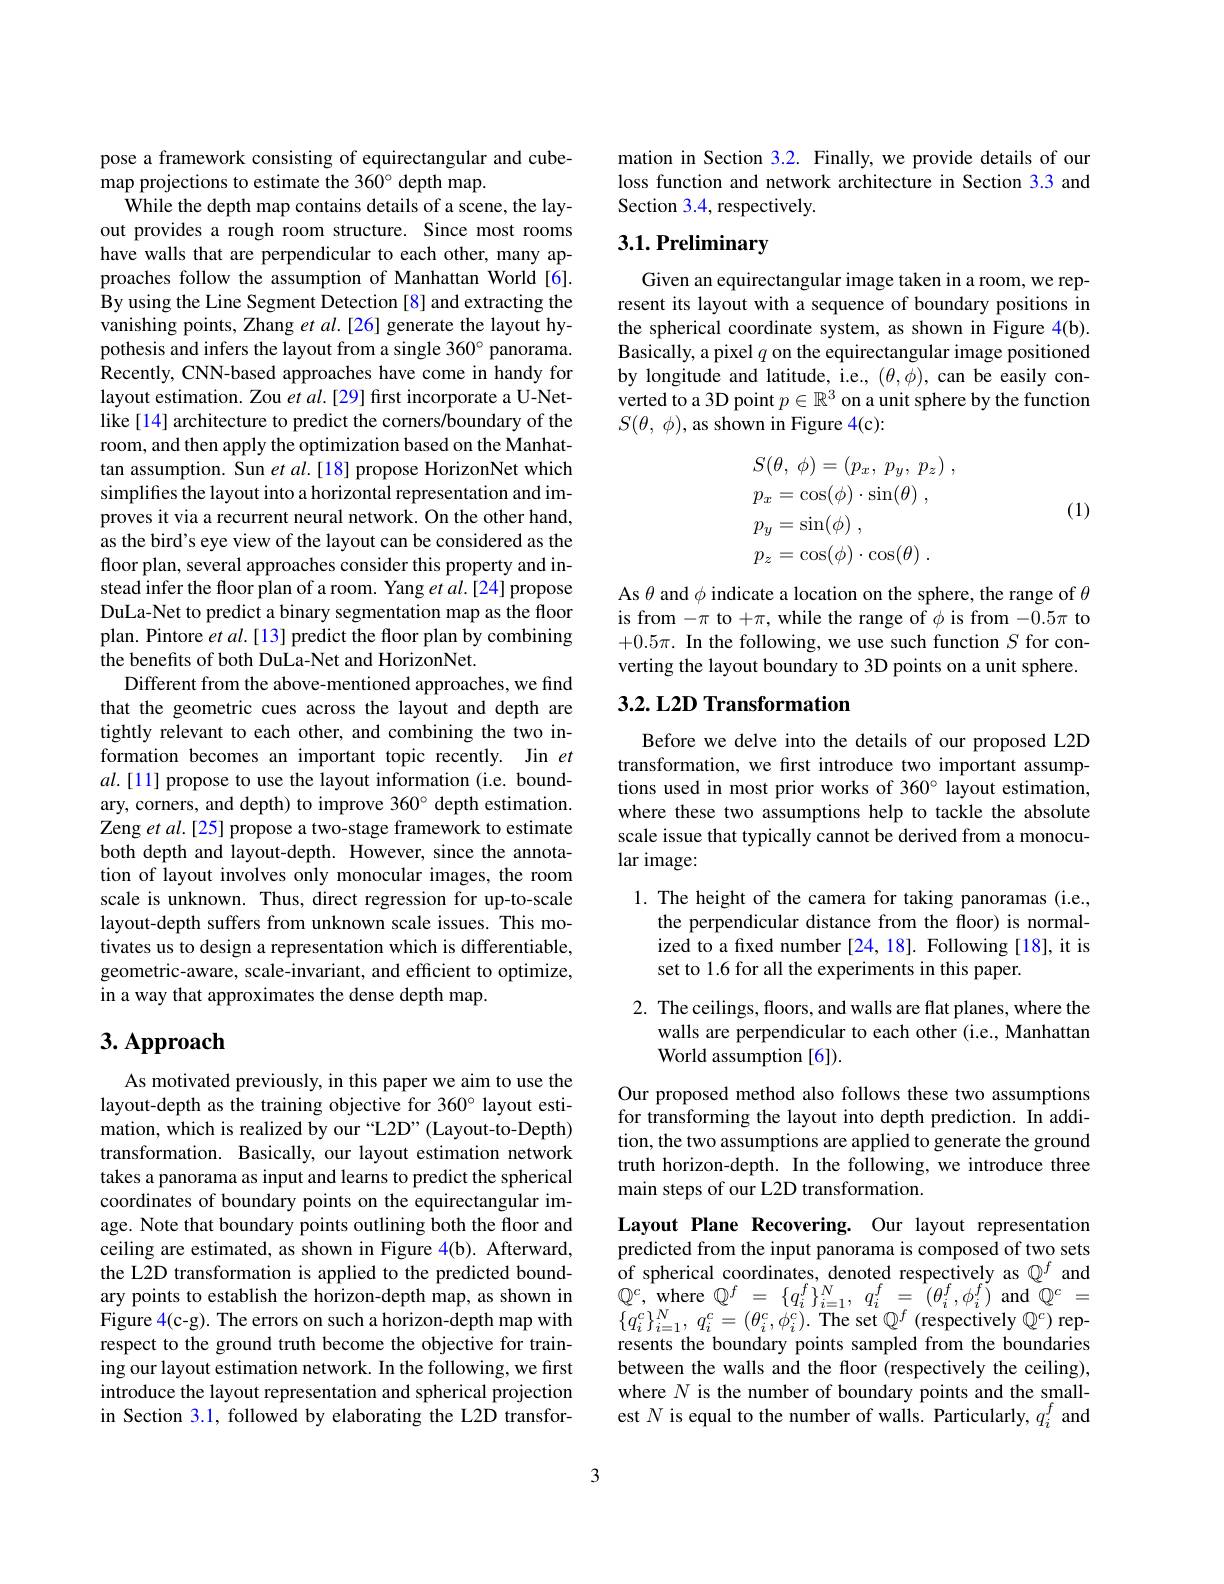
pose a framework consisting of equirectangular and cube-
map projections to estimate the 360° depth map.
While the depth map contains details of a scene, the layout provides a rough room structure. Since most rooms have walls that are perpendicular to each other, many approaches follow the assumption of Manhattan World[6]. By using the Line Segment Detection [8] and extracting the vanishing points, Zhang et al.[26] generate the layout hypothesis and infers the layout from a single 360° panorama. Recently, CNN-based approaches have come in handy for layout estimation. Zou $etal.[29]$ first incorporate a U-Netlike [14] architecture to predict the corners/boundary of the room, and then apply the optimization based on the Manhattan assumption. Sun $etal.[18]$ propose HorizonNet which simplifes the layout into a horizontal representation and improves it via a recurrent neural network. On the other hand, as the bird's eye view of the layout can be considered as the floor plan, several approaches consider this property and instead infer the floor plan of a room. Yang $et\textit{al. [ 24] propose}$ DuLa-Net to predict a binary segmentation map as the floor plan. Pintore $etal.[13]$ predict the floor plan by combining the benefits of both DuLa-Net and HorizonNet.
Different from the above-mentioned approaches, we find that the geometric cues across the layout and depth are tightly relevant to each other, and combining the two information becomes an important topic recently. Jin $et$ $al.[11]$ propose to use the layout information (i.e. boundary, corners, and depth) to improve 360° depth estimation. Zeng et al.[25] propose a two-stage framework to estimate both depth and layout-depth. However, since the annotation of layout involves only monocular images, the room scale is unknown. Thus, direct regression for up-to-scale layout-depth suffers from unknown scale issues. This motivates us to design a representation which is differentiable, geometric-aware, scale-invariant, and efficient to optimize, in a way that approximates the dense depth map.

# 3. Approach

As motivated previously, in this paper we aim to use the layout-depth as the training objective for 360° layout estimation, which is realized by our “L2D”(Layout-to-Depth) transformation. Basically, our layout estimation network takes a panorama as input and learns to predict the spherical coordinates of boundary points on the equirectangular image. Note that boundary points outlining both the floor and ceiling are estimated, as shown in Figure 4(b). Afterward, the L2D transformation is applied to the predicted boundary points to establish the horizon-depth map, as shown in Figure 4(c-g). The errors on such a horizon-depth map with respect to the ground truth become the objective for training our layout estimation network. In the following, we first introduce the layout representation and spherical projection in Section 3.1, followed by elaborating the L2D transfor-

mation in Section 3.2. Finally, we provide details of our loss function and network architecture in Section 3.3 and Section 3.4, respectively.

# 3.1. Preliminary

Given an equirectangular image taken in a room, we represent its layout with a sequence of boundary positions in the spherical coordinate system, as shown in Figure 4(b). Basically, a pixel $q$ on the equirectangular image positioned by longitude and latitude, i.e., $(\theta,\dot{\phi})$, can be easily converted to a 3D point $p\in\mathbb{R}^3$ on a unit sphere by the function $S( \theta $, $\phi ) $, as shown in Figure 4(c):
$$\begin{aligned}&S(\theta,\:\phi)=(p_{x},\:p_{y},\:p_{z})\:,\\&p_{x}=\cos(\phi)\cdot\sin(\theta)\:,\\&p_{y}=\sin(\phi)\:,\\&p_{z}=\cos(\phi)\cdot\cos(\theta)\:.\end{aligned}$$
(1)

As $\theta$ and $\phi$ indicate a location on the sphere, the range of $\theta$ is from -π to +π, while the range of φ is from -0.5π to $+ 0. 5\pi . \textbf{In the following, we use such function }S$ for converting the layout boundary to 3D points on a unit sphere.

## 3.2. L2D Transformation

Before we delve into the details of our proposed L2D transformation, we first introduce two important assump-

tions used in most prior works of 360° layout estimation, where these two assumptions help to tackle the absolute scale issue that typically cannot be derived from a monocular image:

1. The height of the camera for taking panoramas (i.e.,
the perpendicular distance from the floor) is normalized to a fixed number [24, 18]. Following [18], it is set to 1.6 for all the experiments in this paper.

2. The ceilings, floors, and walls are flat planes, where the
walls are perpendicular to each other (i.e., Manhattan
World assumption [6]).

Our proposed method also follows these two assumptions for transforming the layout into depth prediction. In addition, the two assumptions are applied to generate the ground truth horizon-depth. In the following, we introduce three main steps of our L2D transformation.

Layout Plane Recovering. Our layout representation predicted from the input panorama is composed of two sets of spherical coordinates, denoted respectively as $\mathbb{Q}^f$ and $Q^{c}$, where $\mathbb{Q} ^f$ = $\{ q_{i}^{f}\} _{i= 1}^{N}$, $q_{i}^{f}$ = $( \theta _{i}^{f}, \phi _{i}^{f})$ and $\mathbb{Q} ^{c}$ = $\{ q_{i}^{c}\} _{i= 1}^{N}$, $q_{i}^{c}= ( \theta _{i}^{c}, \phi _{i}^{c}) .$The set $\mathbb{Q}^f$ (respectively $\mathbb{Q}^c)$ represents the boundary points sampled from the boundaries between the walls and the floor (respectively the ceiling), where $N$ is the number of boundary points and the smallest $N$ is equal to the number of walls. Particularly, $q_i^f$ and

3